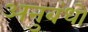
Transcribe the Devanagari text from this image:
अनुबंधो